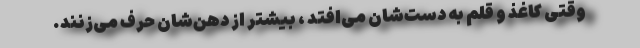
وقتی کاغذ و قلم به دست‌شان می‌افتد ، بیشتر از دهن‌شان حرف می‌زنند.